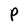
Character: P